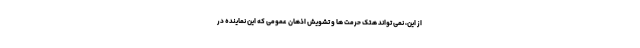
از این، نمی تواند هتک حرمت ها و تشویش اذهان عمومی که این نماینده در